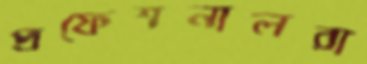
প্রফেশনালরা